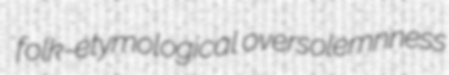
folk-etymological oversolemnness